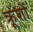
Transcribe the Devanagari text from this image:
क्रूशों